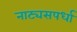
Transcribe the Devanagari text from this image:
नाट्यसपर्धा